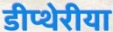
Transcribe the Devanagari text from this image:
डीप्थेरीया